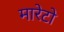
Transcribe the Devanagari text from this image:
मारेटो